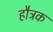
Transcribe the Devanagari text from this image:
हौत्रक